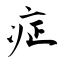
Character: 症